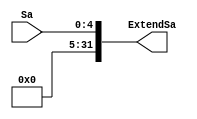
`timescale 1ns / 1ps
//////////////////////////////////////////////////////////////////////////////////
// Company: 
// Engineer: 
// 
// Design Name: 
// Module Name: ExtendSa
// Project Name: 
// Target Devices: 
// Tool Versions: 
// Description: 
// 
// Dependencies: 
// 
// Revision:
// Revision 0.01 - File Created
// Additional Comments:
// 
//////////////////////////////////////////////////////////////////////////////////


module ExtendSa(Sa, ExtendSa);
input [4:0] Sa;
output [31:0] ExtendSa;

assign ExtendSa[31:5] = 0;
assign ExtendSa = Sa;
endmodule